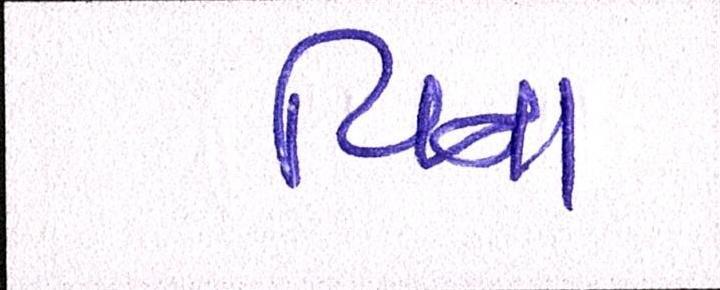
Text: વિના